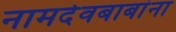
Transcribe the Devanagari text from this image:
नामदेवबाबांना